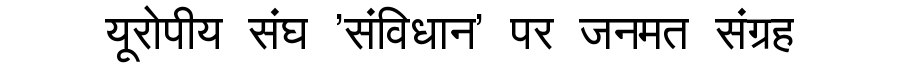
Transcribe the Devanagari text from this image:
यूरोपीय संघ 'संविधान' पर जनमत संग्रह